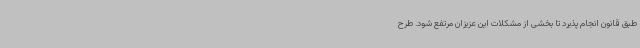
طبق قانون انجام پذیرد تا بخشی از مشکلات این عزیزان مرتفع شود. طرح